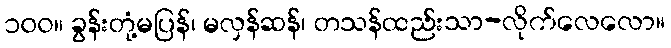
၁၀၀။ ခွန်းတုံ့မပြန်၊ မလှန်ဆန်၊ တသန်ထည်းသာ-လိုက်လေလော။